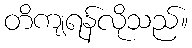
တိကျရန်လိုသည်။